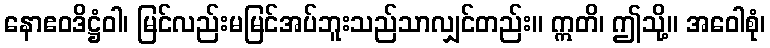
နောဧဝဒိဋ္ဌံဝါ၊ မြင်လည်းမမြင်အပ်ဘူးသည်သာလျှင်တည်း။ ဣတိ၊ ဤသို့။ အဝေါစုံ၊